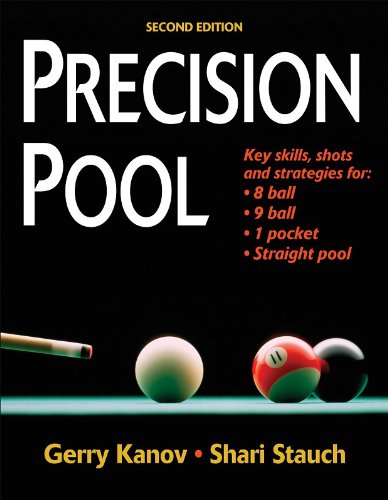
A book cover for Precision Pool, 2nd Edition; Gerry Kanov; Sports & Outdoors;